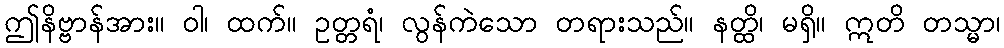
ဤနိဗ္ဗာန်အား။ ဝါ၊ ထက်။ ဥတ္တရံ၊ လွန်ကဲသော တရားသည်။ နတ္ထိ၊ မရှိ။ ဣတိ တသ္မာ၊